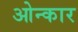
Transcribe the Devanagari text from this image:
ओन्कार